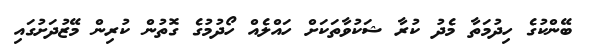
ބޭންކުގެ ހިދުމަތާ މެދު ކުރާ ޝަކުވާތަކަށް ހައްލެއް ހޯދުމުގެ ގޮތުން ކުރިން މޭޒުދަށުގައި